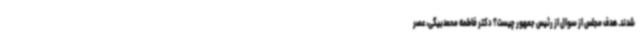
شدند. هدف مجلس از سوال از رئیس جمهور چیست؟ دکتر فاطمه محمدبیگی، عصر